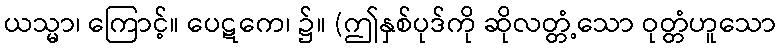
ယသ္မာ၊ ကြောင့်။ ပေဋကေ၊ ၌။ (ဤနှစ်ပုဒ်ကို ဆိုလတ္တံ့သော ဝုတ္တံဟူသော